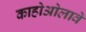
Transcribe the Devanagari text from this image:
काहोओलावे